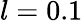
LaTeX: l=0.1